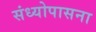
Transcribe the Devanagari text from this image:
संध्योपासना